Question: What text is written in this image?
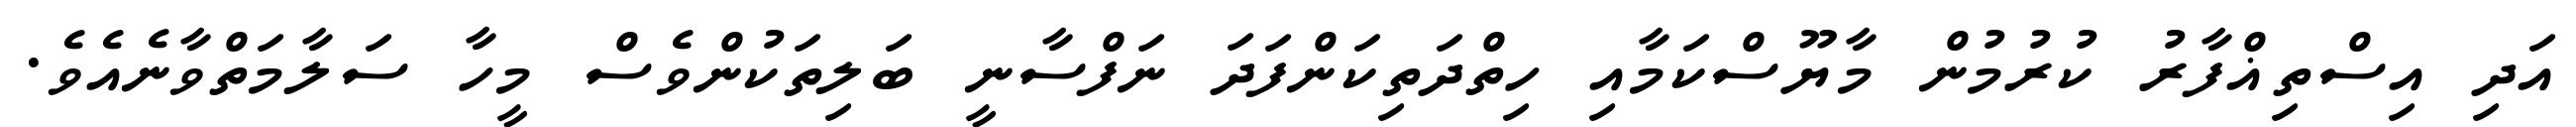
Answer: އަދި އިސްތިޣްފާރު ކުރުމުން މާޔޫސްކަމާއި ހިތްދަތިކަންފަދަ ނަފްސާނީ ބަލިތަކުންވެސް މީހާ ސަލާމަތްވާނެއެވެ.